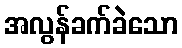
အလွန်ခက်ခဲသော